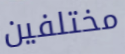
مختلفين